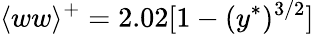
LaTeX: \langle ww\rangle^{+}=2.02[1-(y^{\ast})^{3/2}]